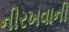
નીરખવાની